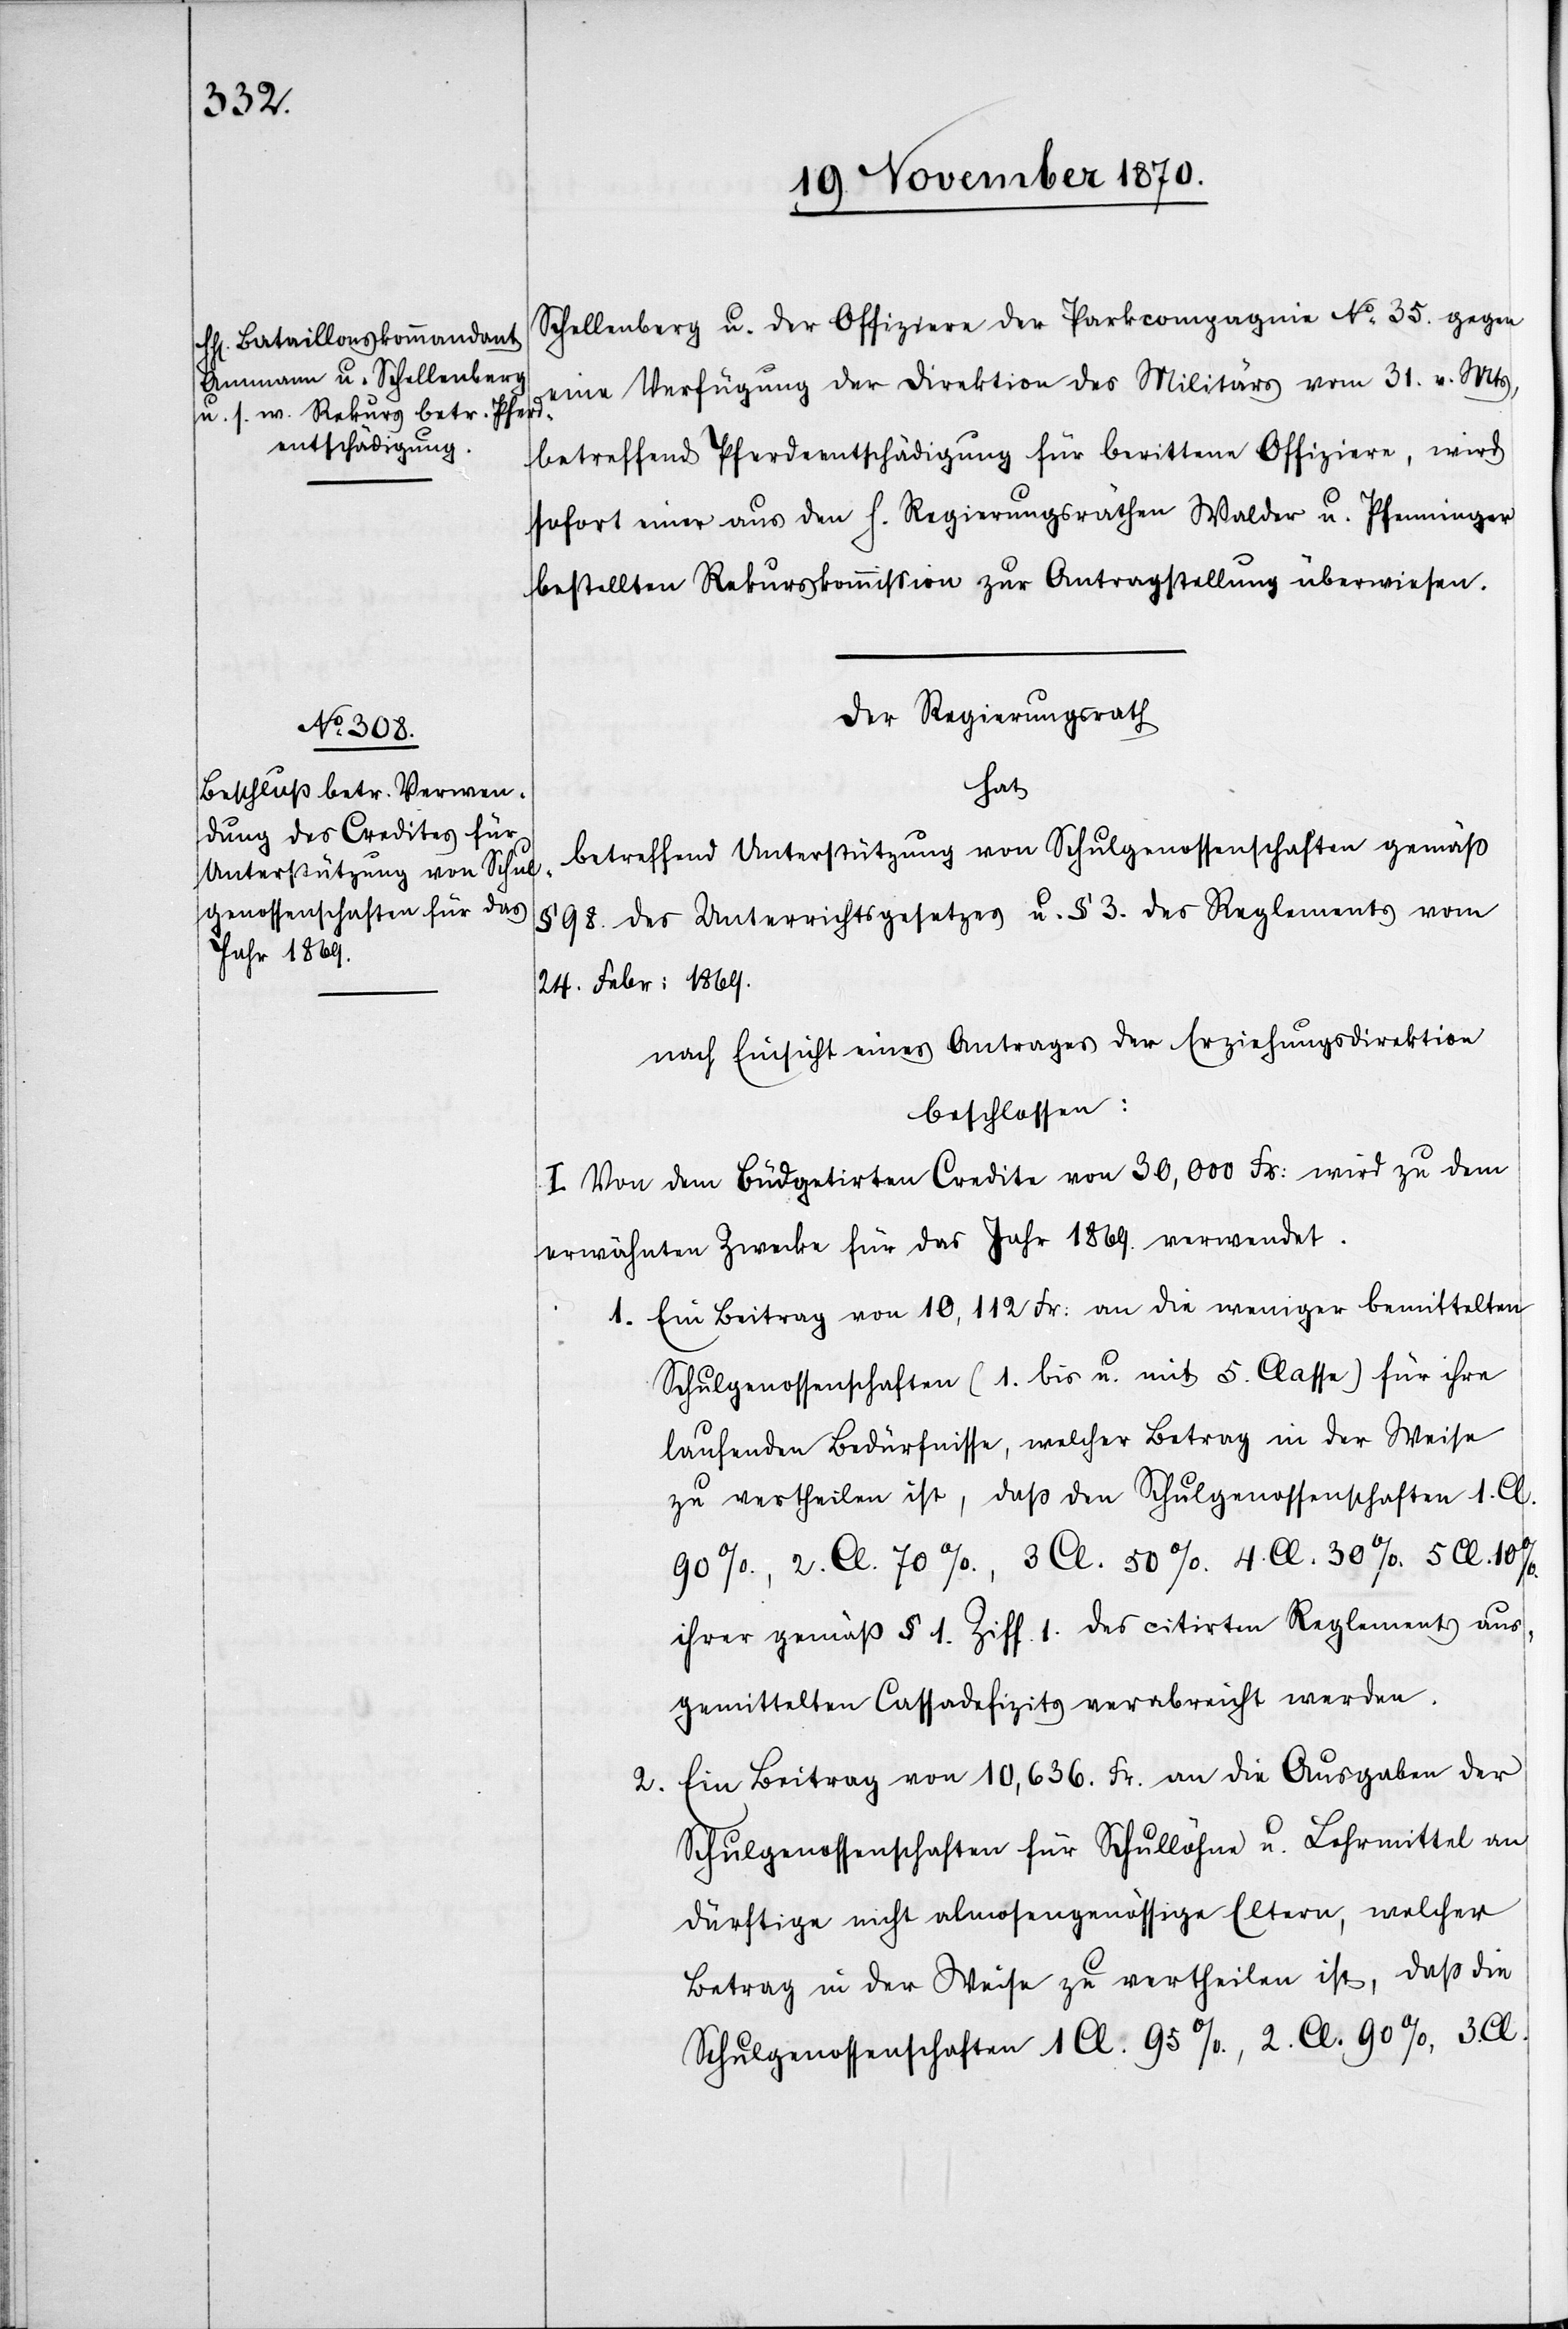
Schellenberg u. der Offiziere der Parkcompagnie No 35. gegen
eine Verfügung der Direktion des Militärs vom 31. v. Mts,
betreffend Pferdeentschädigung für berittene Offiziere, wird
sofort einer aus den H. Regierungsräthen Walder u. Pfenninger
bestellten Rekurskommißion zur Antragstellung überwiesen.
Der Regierungsrath
hat
betreffend Unterstützung von Schulgenossenschaften gemäß
§ 98. des Unterrichtsgesetzes u. § 3. des Reglements vom
24. Febr: 1869.
nach Einsicht eines Antrages der Erziehungsdirektion
beschlossen:
I. Von dem büdgetirten Credite von 30,000 Fr: wird zu dem
erwähnten Zwecke für das Jahr 1869. verwendet.
1. Ein Beitrag von 10,112 Fr: an die weniger bemittelten
Schulgenossenschaften (1. bis u. mit 5. Classe) für ihre
laufenden Bedürfnisse, welcher Betrag in der Weise
zu vertheilen ist, daß den Schulgenossenschaften 1. Cl.
90%, 2. Cl. 70%, 3. Cl. 50%, 4. Cl. 30%, 5. Cl. 10%
ihres gemäß § 1. Ziff. 1 des citirten Reglements aus¬
gemittelten Cassadefizits verabreicht werden.
Ein Beitrag von 10,636. Fr. an die Ausgaben der
2.
Schulgenossenschaften für Schullöhne u. Lehrmittel an
dürftige nicht almosengenössige Eltern, welcher
Betrag in der Weise zu vertheilen ist, daß die
Schulgenossenschaften 1. Cl. 95%., 2. Cl. 90%., 3. Cl.